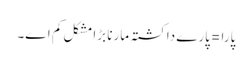
پارا =پارے دا کشتہ مارنا بڑا مشکل کم اے۔